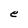
Character: e